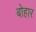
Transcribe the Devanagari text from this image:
बोहार